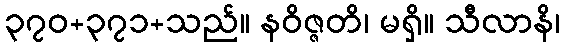
၃၇၀+၃၇၁+သည်။ နဝိဇ္ဇတိ၊ မရှိ။ သီလာနိ၊